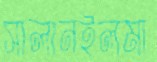
সালানইলমা